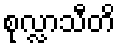
စုလ္လာသီတိ